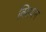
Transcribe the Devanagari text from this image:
क्सियन